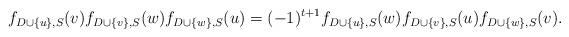
LaTeX: \begin{align*}f_{D \cup \{u\},S}(v)f_{D \cup \{v\},S}(w) f_{D \cup \{w\},S}(u) = (-1)^{t+1} f_{D \cup \{u\},S}(w) f_{D \cup \{v\},S}(u) f_{D \cup \{w\},S}(v).\end{align*}